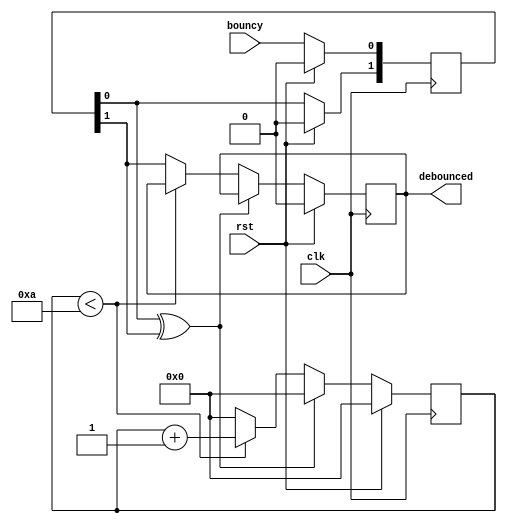
`timescale 1ns / 1ps
`default_nettype none //helps catch typo-related bugs

//based on http://www.eewiki.net/display/LOGIC/Debounce+Logic+Circuit+%28with+Verilog+example%29

module debouncer(clk, rst, bouncy, debounced);	

	parameter CYCLES      = 10;
	parameter RESET_VALUE = 1'b0;
	parameter COUNTER_WIDTH = 32;
	
	input wire clk, rst, bouncy;
	output reg debounced = RESET_VALUE;

	reg[COUNTER_WIDTH-1:0] counter = 0;
	
	//input shift register
	reg [1:0] shift_in = {2{RESET_VALUE}};	

	always @(posedge clk) begin
		if(rst) begin
			shift_in[0] <= RESET_VALUE;
			shift_in[1] <= RESET_VALUE;
			debounced <= RESET_VALUE;
			counter <= 0;
		end
		else begin
			shift_in[0] <= bouncy;
			shift_in[1] <= shift_in[0];
			
			if(shift_in[0] ^ shift_in[1]) begin
				counter <= 0;
			end
			else if( counter < CYCLES) begin
				counter <= counter + 1;
			end
			else begin
				debounced <= shift_in[1];
				counter <= 0;
			end
		end
	end
	
endmodule
`default_nettype wire //some Xilinx IP requires that the default_nettype be set to wire